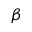
\beta